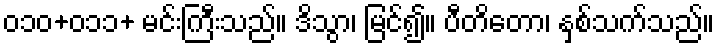
၀၁၀+၀၁၁+ မင်းကြီးသည်။ ဒိသွာ၊ မြင်၍။ ပီတိတော၊ နှစ်သက်သည်။